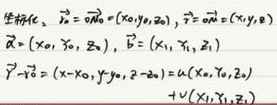
坐标\(\vec{r}_{0}=\vec{r}_{00}=(x_{0},y_{0},z_{0})\)，\(\vec{r}=\vec{r}_{01}=(x,y,z)\)
\(\vec{\alpha}=(x_{0}, y_{0}, z_{0})\)，\(\vec{\beta}=(x_{1}, \tilde{x}_{1}, z_{1})\)
\(\vec{r}-\vec{r}_{0}=(x - x_{0},y - y_{0},z - z_{0}) = u(x_{0}, y_{0},z_{0})+v(x_{1},\tilde{x}_{1},z_{1})\)